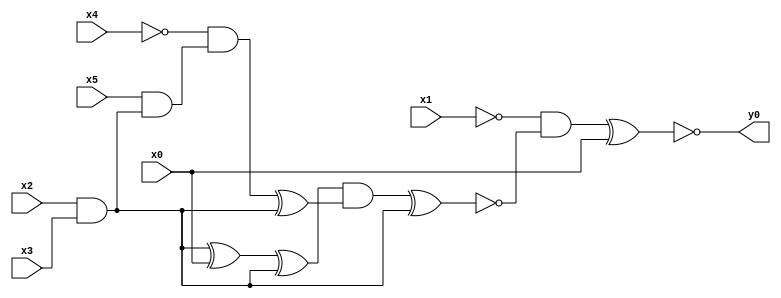
module top( x0 , x1 , x2 , x3 , x4 , x5 , y0 );
  input x0 , x1 , x2 , x3 , x4 , x5 ;
  output y0 ;
  wire n7 , n8 , n9 , n10 , n11 , n12 , n13 , n14 , n15 , n16 ;
  assign n7 = x2 & x3 ;
  assign n8 = n7 ^ x0 ;
  assign n9 = n8 ^ n7 ;
  assign n10 = x5 & n7 ;
  assign n11 = ~x4 & n10 ;
  assign n12 = n11 ^ n7 ;
  assign n13 = n9 & n12 ;
  assign n14 = n13 ^ n7 ;
  assign n15 = ~x1 & ~n14 ;
  assign n16 = n15 ^ x0 ;
  assign y0 = ~n16 ;
endmodule